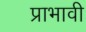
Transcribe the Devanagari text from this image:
प्राभावी